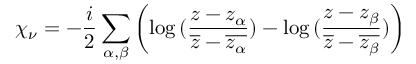
\chi _ { \nu } = - \frac { i } { 2 } \sum _ { \alpha , \beta } \left( \log { ( \frac { z - z _ { \alpha } } { \overline { { { z } } } - \overline { { { z _ { \alpha } } } } } ) } - \log { ( \frac { z - z _ { \beta } } { \overline { { { z } } } - \overline { { { z _ { \beta } } } } } ) } \right)